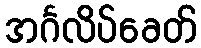
အင်္ဂလိပ်ခေတ်